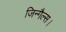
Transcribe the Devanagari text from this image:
जिन्गैल्स।